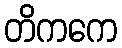
တိကကေ